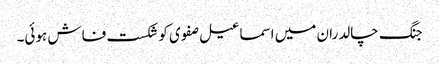
جنگ چالدران میں اسماعیل صفوی کو شکست فاش ہوئی۔